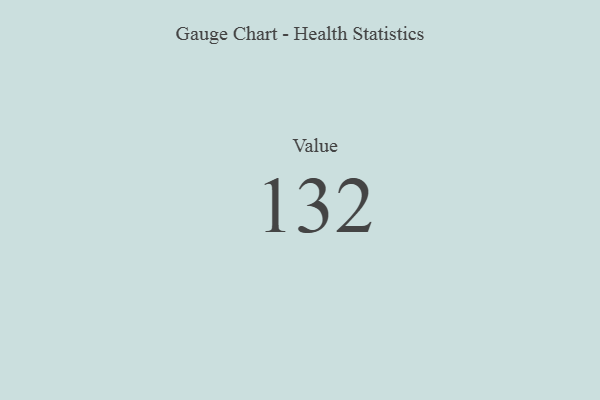
{"axis": {"x": "Metric", "y": "Value"}, "legend": [""], "data": [{"x": "Value", "y": 132, "type": ""}]}